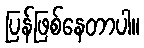
ပြန်ဖြစ်နေတာပါ။